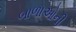
બાળાઓની